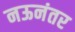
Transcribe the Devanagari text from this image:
नऊनंतर